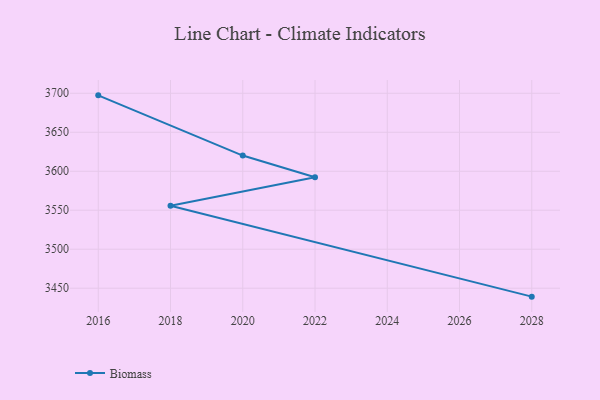
{"axis": {"x": "Year", "y": "Shipments"}, "legend": ["Biomass"], "data": [{"x": "2028", "y": 3439.2, "type": "Biomass"}, {"x": "2018", "y": 3555.8, "type": "Biomass"}, {"x": "2022", "y": 3592.2, "type": "Biomass"}, {"x": "2020", "y": 3620.1, "type": "Biomass"}, {"x": "2016", "y": 3697.3, "type": "Biomass"}]}